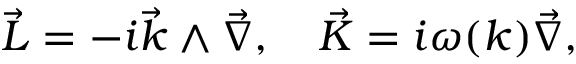
\vec { L } = - i \vec { k } \wedge \vec { \nabla } , \quad \vec { K } = i \omega ( k ) \vec { \nabla } ,